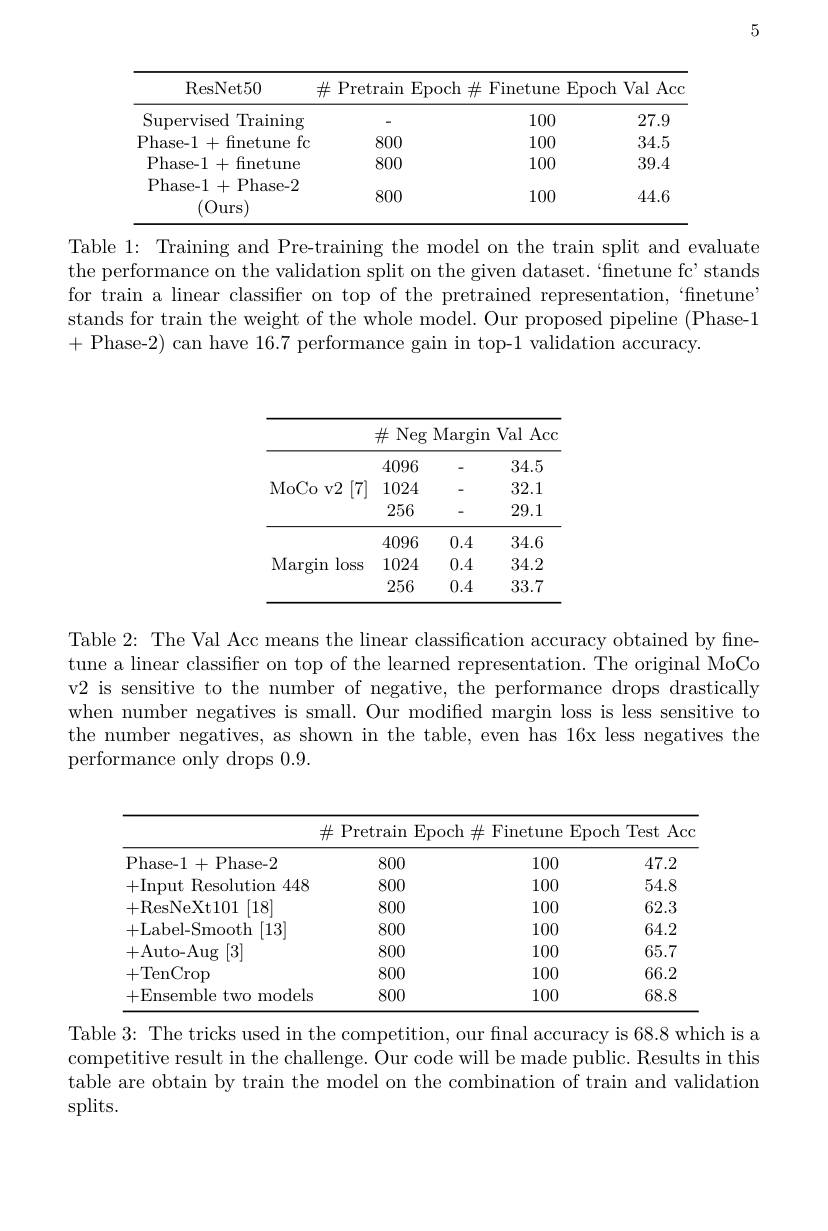
5

<table>
	<tbody>
		<tr>
			<th>ResNet50</th>
			<th>$\#$ Pretrain $\operatorname{Epoch}$ -</th>
			<th>Finetune $\operatorname{Ep}$ $1\#$ $\therefore$</th>
			<th>Val Acc $0ch$ </th>
		</tr>
		<tr>
			<td>Supervised Training 1</td>
			<td> </td>
			<td>100</td>
			<td>27.9</td>
		</tr>
		<tr>
			<td>Phase-1+finetune fc</td>
			<td>800</td>
			<td>100</td>
			<td>34.5</td>
		</tr>
		<tr>
			<td>Phase-1+finetune</td>
			<td>800</td>
			<td>100</td>
			<td>39.4</td>
		</tr>
		<tr>
			<td>Phase- 1 +Phase-2 1 (Ours</td>
			<td>800</td>
			<td>100</td>
			<td>44.6</td>
		</tr>
	</tbody>
</table>

Table 1: Training and Pre-training the model on the train split and evaluate the performance on the validation split on the given dataset. ‘finetune fc’ stands for train a linear classifier on top of the pretrained representation,“finetune” stands for train the weight of the whole model. Our proposed pipeline (Phase-1 + Phase-2) can have 16.7 performance gain in top-1 validation accuracy.

<table>
	<tbody>
		<tr>
			<th> </th>
			<th>$\#$Neg</th>
			<th>Margin</th>
			<th>Val Acc</th>
		</tr>
		<tr>
			<td rowspan="3">MoCo v2 [7]</td>
			<td>4096</td>
			<td>-</td>
			<td>34.5</td>
		</tr>
		<tr>
			<td>1024</td>
			<td> </td>
			<td>32.1</td>
		</tr>
		<tr>
			<td>256</td>
			<td>-</td>
			<td>29.1</td>
		</tr>
		<tr>
			<td rowspan="3">Margin loss</td>
			<td>4096</td>
			<td>0.4</td>
			<td>34.6</td>
		</tr>
		<tr>
			<td>1024</td>
			<td>0.4</td>
			<td>34.2</td>
		</tr>
		<tr>
			<td>256</td>
			<td>0.4</td>
			<td>33.7</td>
		</tr>
	</tbody>
</table>

Table 2: The Val Acc means the linear classification accuracy obtained by finetune a linear classifier on top of the learned representation. The original MoCo v2 is sensitive to the number of negative, the performance drops drastically when number negatives is small. Our modified margin loss is less sensitive to the number negatives, as shown in the table, even has 16x less negatives the performance only drops 0.9.

<table>
	<tbody>
		<tr>
			<th colspan="4">$\#$PretrainEpoch$\#$ ${\mathit{E}}$Finetune Epoch Test Acd</th>
		</tr>
		<tr>
			<th>Phase-1+Phase-2</th>
			<th>800</th>
			<th>100</th>
			<th>47.2</th>
		</tr>
		<tr>
			<td>+Input t Resolution 448</td>
			<td>800</td>
			<td>100</td>
			<td>54.8</td>
		</tr>
		<tr>
			<td>+ResNeXt101 [18]</td>
			<td>800</td>
			<td>100</td>
			<td>62.3</td>
		</tr>
		<tr>
			<td>[13] +Label-Smooth</td>
			<td>800</td>
			<td>100</td>
			<td>64.2</td>
		</tr>
		<tr>
			<td>[3] +Auto-Aug</td>
			<td>800</td>
			<td>100</td>
			<td>65.7</td>
		</tr>
		<tr>
			<td>+TenCrop</td>
			<td>800</td>
			<td>100</td>
			<td>66.2</td>
		</tr>
		<tr>
			<td>+Ensemble two models</td>
			<td>800</td>
			<td>100</td>
			<td>68.8</td>
		</tr>
	</tbody>
</table>

Table 3: The tricks used in the competition, our final accuracy is 68.8 which is a competitive result in the challenge. Our code will be made public. Results in this table are obtain by train the model on the combination of train and validation splits.